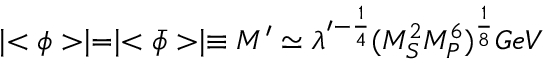
\mid < \phi > \mid = \mid < \bar { \phi } > \mid \equiv M ^ { \prime } \simeq \lambda ^ { \prime - \frac { 1 } { 4 } } ( M _ { S } ^ { 2 } M _ { P } ^ { 6 } ) ^ { \frac { 1 } { 8 } } G e V